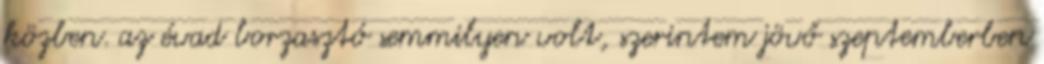
közben. az évad borzasztó semmilyen volt, szerintem jövő szeptemberben